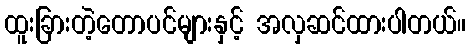
ထူးခြားတဲ့တောပင်များနှင့် အလှဆင်ထားပါတယ်။